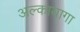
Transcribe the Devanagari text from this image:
अल्कायागा